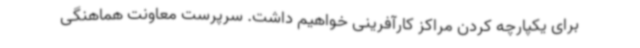
برای یکپارچه کردن مراکز کارآفرینی خواهیم داشت. سرپرست معاونت هماهنگی